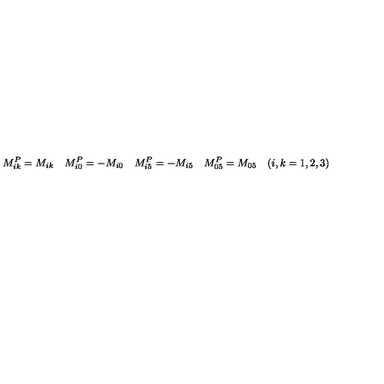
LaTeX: M _ { i k } ^ { P } = M _ { i k } \quad M _ { i 0 } ^ { P } = - M _ { i 0 } \quad M _ { i 5 } ^ { P } = - M _ { i 5 } \quad M _ { 0 5 } ^ { P } = M _ { 0 5 } \quad ( i , k = 1 , 2 , 3 )